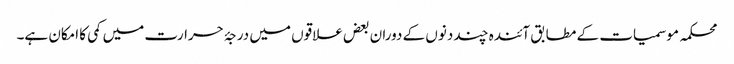
محکمہ موسمیات کے مطابق آئندہ چند دنوں کے دوران بعض علاقوں میں درجۂ حرارت میں کمی کا امکان ہے۔